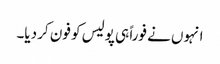
انہوں نے فوراً ہی پولیس کو فون کر دیا۔